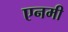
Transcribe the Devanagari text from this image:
एनमी